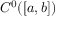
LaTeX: C ^ { 0 } ( [ a , b ] )